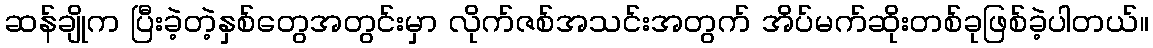
ဆန်ချိုက ပြီးခဲ့တဲ့နှစ်တွေအတွင်းမှာ လိုက်ဇစ်အသင်းအတွက် အိပ်မက်ဆိုးတစ်ခုဖြစ်ခဲ့ပါတယ်။